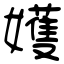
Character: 嬳